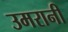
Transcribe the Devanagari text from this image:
उमरानी